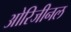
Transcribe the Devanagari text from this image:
ओरिजीनल